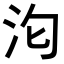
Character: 𭯻